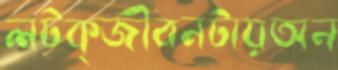
লটক্জীবনটায়অন